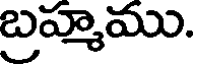
బ్రహ్మము.